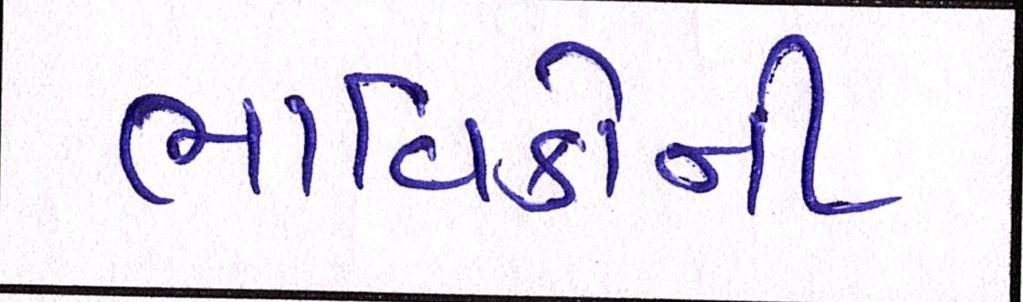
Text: ભાવિકોની